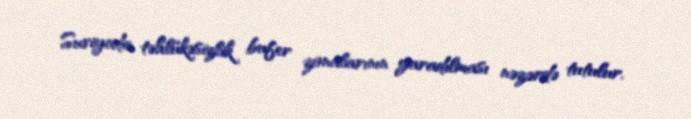
Suriyada təhlükəsizlik bufer zonalarının yaradılması nəzərdə tutulur.